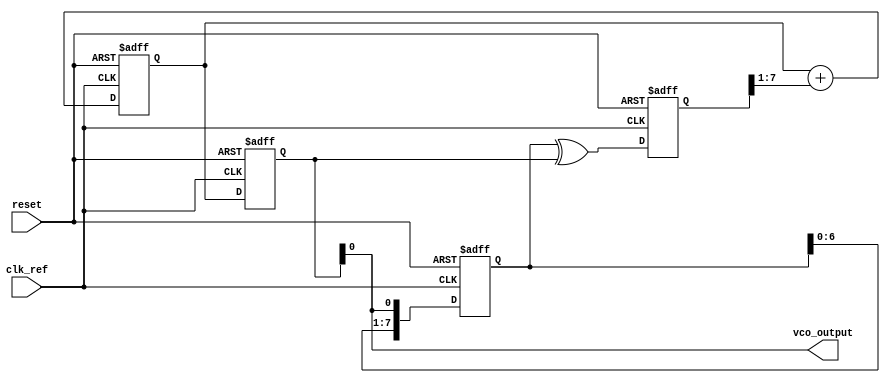
module MemoryBlocksAnalogPLL (
    input wire clk_ref,         // Reference clock input
    input wire reset,           // Reset signal
    output wire vco_output      // Output of the Voltage-Controlled Oscillator (VCO)
);

    // Parameters
    parameter MEMORY_SIZE = 16; // Size of the memory block

    // Internal signals
    reg [MEMORY_SIZE-1:0] phase_memory; // Memory block to store phase information
    reg [7:0] phase_error;               // Phase error signal
    reg [7:0] control_voltage;            // Control voltage for VCO
    reg [7:0] vco_frequency;              // Frequency output from VCO

    // Phase Detector
    always @(posedge clk_ref or posedge reset) begin
        if (reset) begin
            phase_error <= 8'b0;
        end else begin
            // Example phase detection logic (simple XOR for demonstration)
            phase_error <= (phase_memory ^ vco_frequency);
        end
    end

    // Low-Pass Filter
    always @(posedge clk_ref or posedge reset) begin
        if (reset) begin
            control_voltage <= 8'b0;
        end else begin
            // Simple low-pass filter implementation
            control_voltage <= control_voltage + (phase_error >> 1); // Example smoothing
        end
    end

    // Voltage-Controlled Oscillator (VCO)
    always @(posedge clk_ref or posedge reset) begin
        if (reset) begin
            vco_frequency <= 8'b0;
        end else begin
            // Example VCO frequency control
            vco_frequency <= control_voltage; // Frequency proportional to control voltage
        end
    end

    // Memory Block for phase information
    always @(posedge clk_ref or posedge reset) begin
        if (reset) begin
            phase_memory <= {MEMORY_SIZE{1'b0}}; // Initialize memory to zero
        end else begin
            // Example shift operation to store phase information
            phase_memory <= {phase_memory[MEMORY_SIZE-2:0], vco_frequency[0]}; // Shift in LSB of VCO frequency
        end
    end

    // Output of VCO
    assign vco_output = vco_frequency;

endmodule